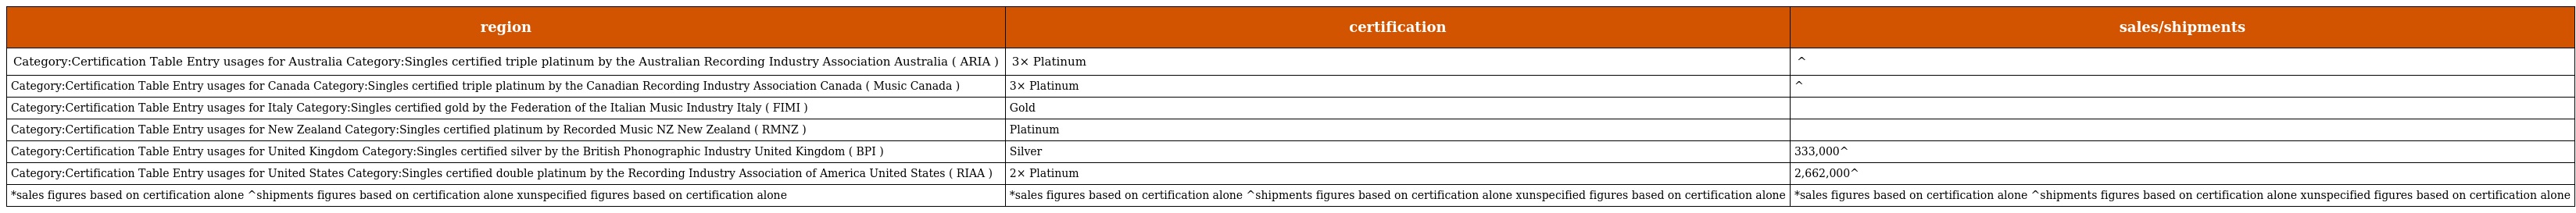
| region | certification | sales/shipments |
 | --- | --- | --- |
 | Category:Certification Table Entry usages for Australia Category:Singles certified triple platinum by the Australian Recording Industry Association Australia ( ARIA ) | 3× Platinum | ^ |
 | Category:Certification Table Entry usages for Canada Category:Singles certified triple platinum by the Canadian Recording Industry Association Canada ( Music Canada ) | 3× Platinum | ^ |
 | Category:Certification Table Entry usages for Italy Category:Singles certified gold by the Federation of the Italian Music Industry Italy ( FIMI ) | Gold |  |
 | Category:Certification Table Entry usages for New Zealand Category:Singles certified platinum by Recorded Music NZ New Zealand ( RMNZ ) | Platinum |  |
 | Category:Certification Table Entry usages for United Kingdom Category:Singles certified silver by the British Phonographic Industry United Kingdom ( BPI ) | Silver | 333,000^ |
 | Category:Certification Table Entry usages for United States Category:Singles certified double platinum by the Recording Industry Association of America United States ( RIAA ) | 2× Platinum | 2,662,000^ |
 | *sales figures based on certification alone ^shipments figures based on certification alone xunspecified figures based on certification alone | *sales figures based on certification alone ^shipments figures based on certification alone xunspecified figures based on certification alone | *sales figures based on certification alone ^shipments figures based on certification alone xunspecified figures based on certification alone |